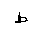
Letter: _da